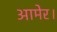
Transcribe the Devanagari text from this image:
आमेर।